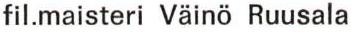
fil.maisteri Väinö Ruusala